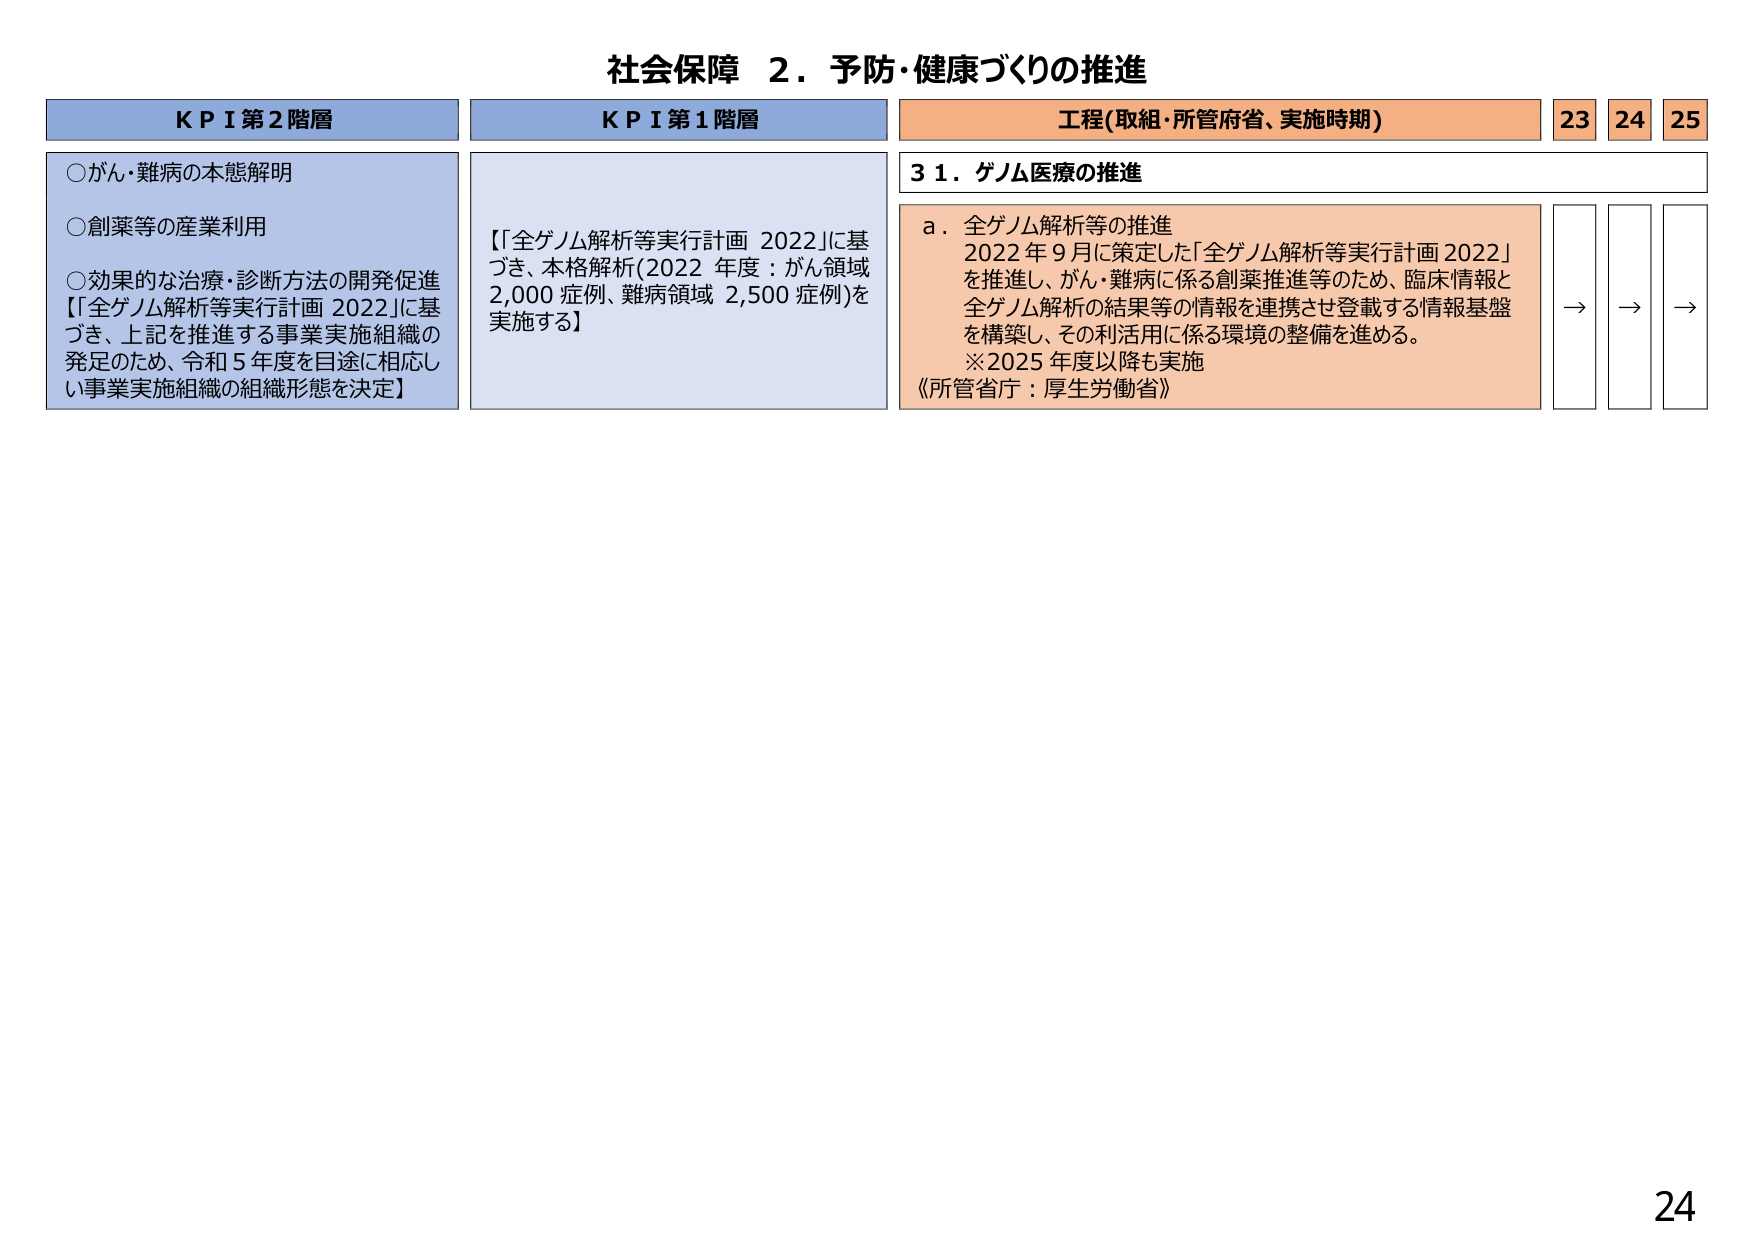
社会保障 ２．予防・健康づくりの推進

ＫＰＩ第２階層
○がん・難病の本態解明
○創薬等の産業利用
○効果的な治療・診断方法の開発促進
【「全ゲノム解析等実行計画 2022」に基づき、上記を推進する事業実施組織の発足のため、令和５年度を目途に相応しい事業実施組織の組織形態を決定】

ＫＰＩ第１階層
【「全ゲノム解析等実行計画 2022」に基づき、本格解析（2022年度：がん領域 2,000症例、難病領域 2,500症例）を実施する】

工程（取組・所管府省、実施時期）
23 24 25

31．ゲノム医療の推進

a．全ゲノム解析等の推進
2022年9月に策定した「全ゲノム解析等実行計画2022」を推進し、がん・難病に係る創薬推進等のため、臨床情報と全ゲノム解析の結果等の情報を連携させ登載する情報基盤を構築し、その利活用に係る環境の整備を進める。
※2025年度以降も実施
《所管省庁：厚生労働省》

→ → →

24